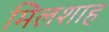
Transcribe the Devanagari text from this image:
मिलशाह